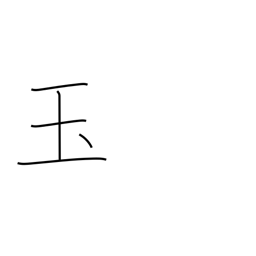
Meaning: jewel